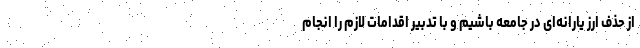
از حذف ارز یارانه‌ای در جامعه باشیم و با تدبیر اقدامات لازم را انجام